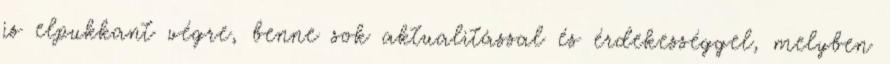
is elpukkant végre, benne sok aktualitással és érdekességgel, melyben